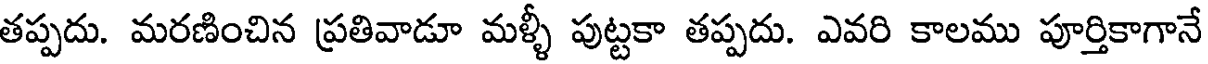
తప్పదు. మరణించిన ప్రతివాడూ మళ్ళీ పుట్టకా తప్పదు. ఎవరి కాలము పూర్తికాగానే